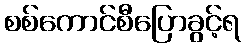
စစ်ကောင်စီပြောခွင့်ရ